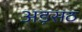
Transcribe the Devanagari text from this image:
अड़सठ